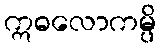
ဣဓလောကမ္ပိ